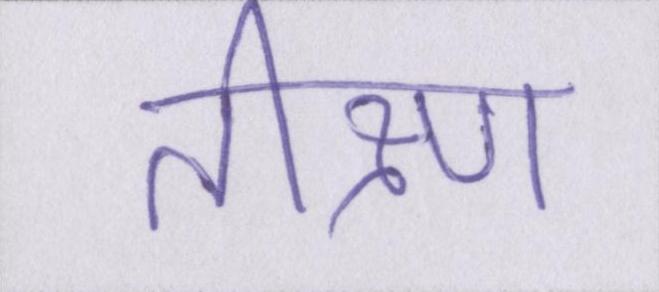
तीक्ष्ण